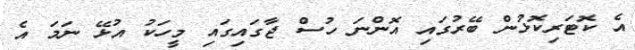
އެ ކޮޓަރިކޮޅުން ބޭރުގައި އޮންނަ ހުސް ޖާގައިގައި މީހަކު އުޅޭ ނަމަ އެ